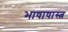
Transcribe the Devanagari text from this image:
भाषाषास्त्र